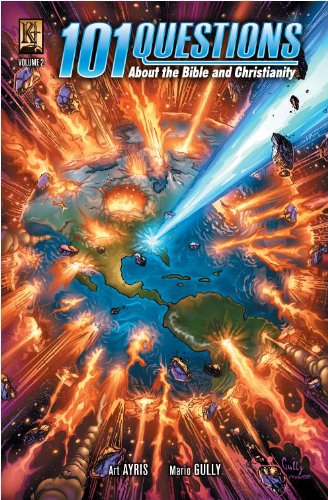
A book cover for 101 Questions Vol. 2; Art Ayris; Comics & Graphic Novels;